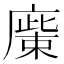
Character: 𢊳